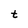
Character: t